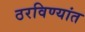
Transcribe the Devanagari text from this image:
ठरविण्यांत